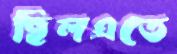
ছিলএতে